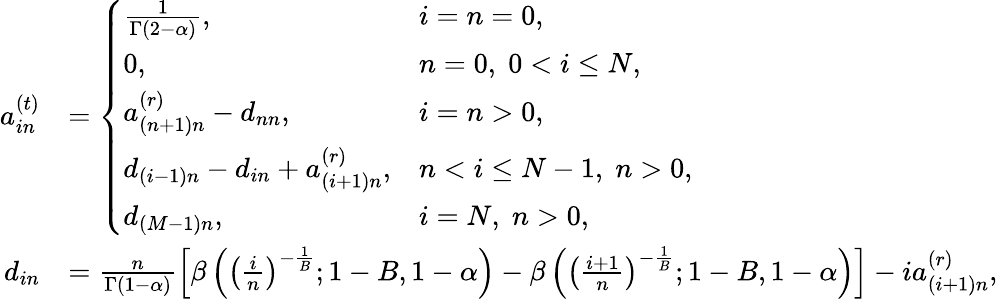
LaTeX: \begin{array}{rl}{a_{in}^{(t)}}&{=\left\{ \begin{array}{ll}{\frac{1}{\Gamma(2-\alpha)},}&{i=n=0,}\\ {0,}&{n=0,\; 0<i\leq N,}\\ {a_{(n+1)n}^{(r)}-d_{nn},}&{i=n>0,}\\ {d_{(i-1)n}-d_{in}+a_{(i+1)n}^{(r)},}&{n<i\leq N-1,\; n>0,}\\ {d_{(M-1)n},}&{i=N,\; n>0,}\end{array}\right.}\\ {d_{in}}&{=\frac{n}{\Gamma(1-\alpha)}\left[\beta\left(\left(\frac{i}{n}\right)^{-\frac{1}{B}};1-B,1-\alpha\right)-\beta\left(\left(\frac{i+1}{n}\right)^{-\frac{1}{B}};1-B,1-\alpha\right)\right]-ia_{(i+1)n}^{(r)},}\end{array}